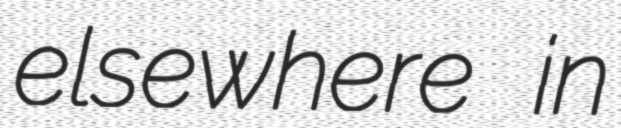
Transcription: elsewhere in